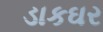
ડાકઘર